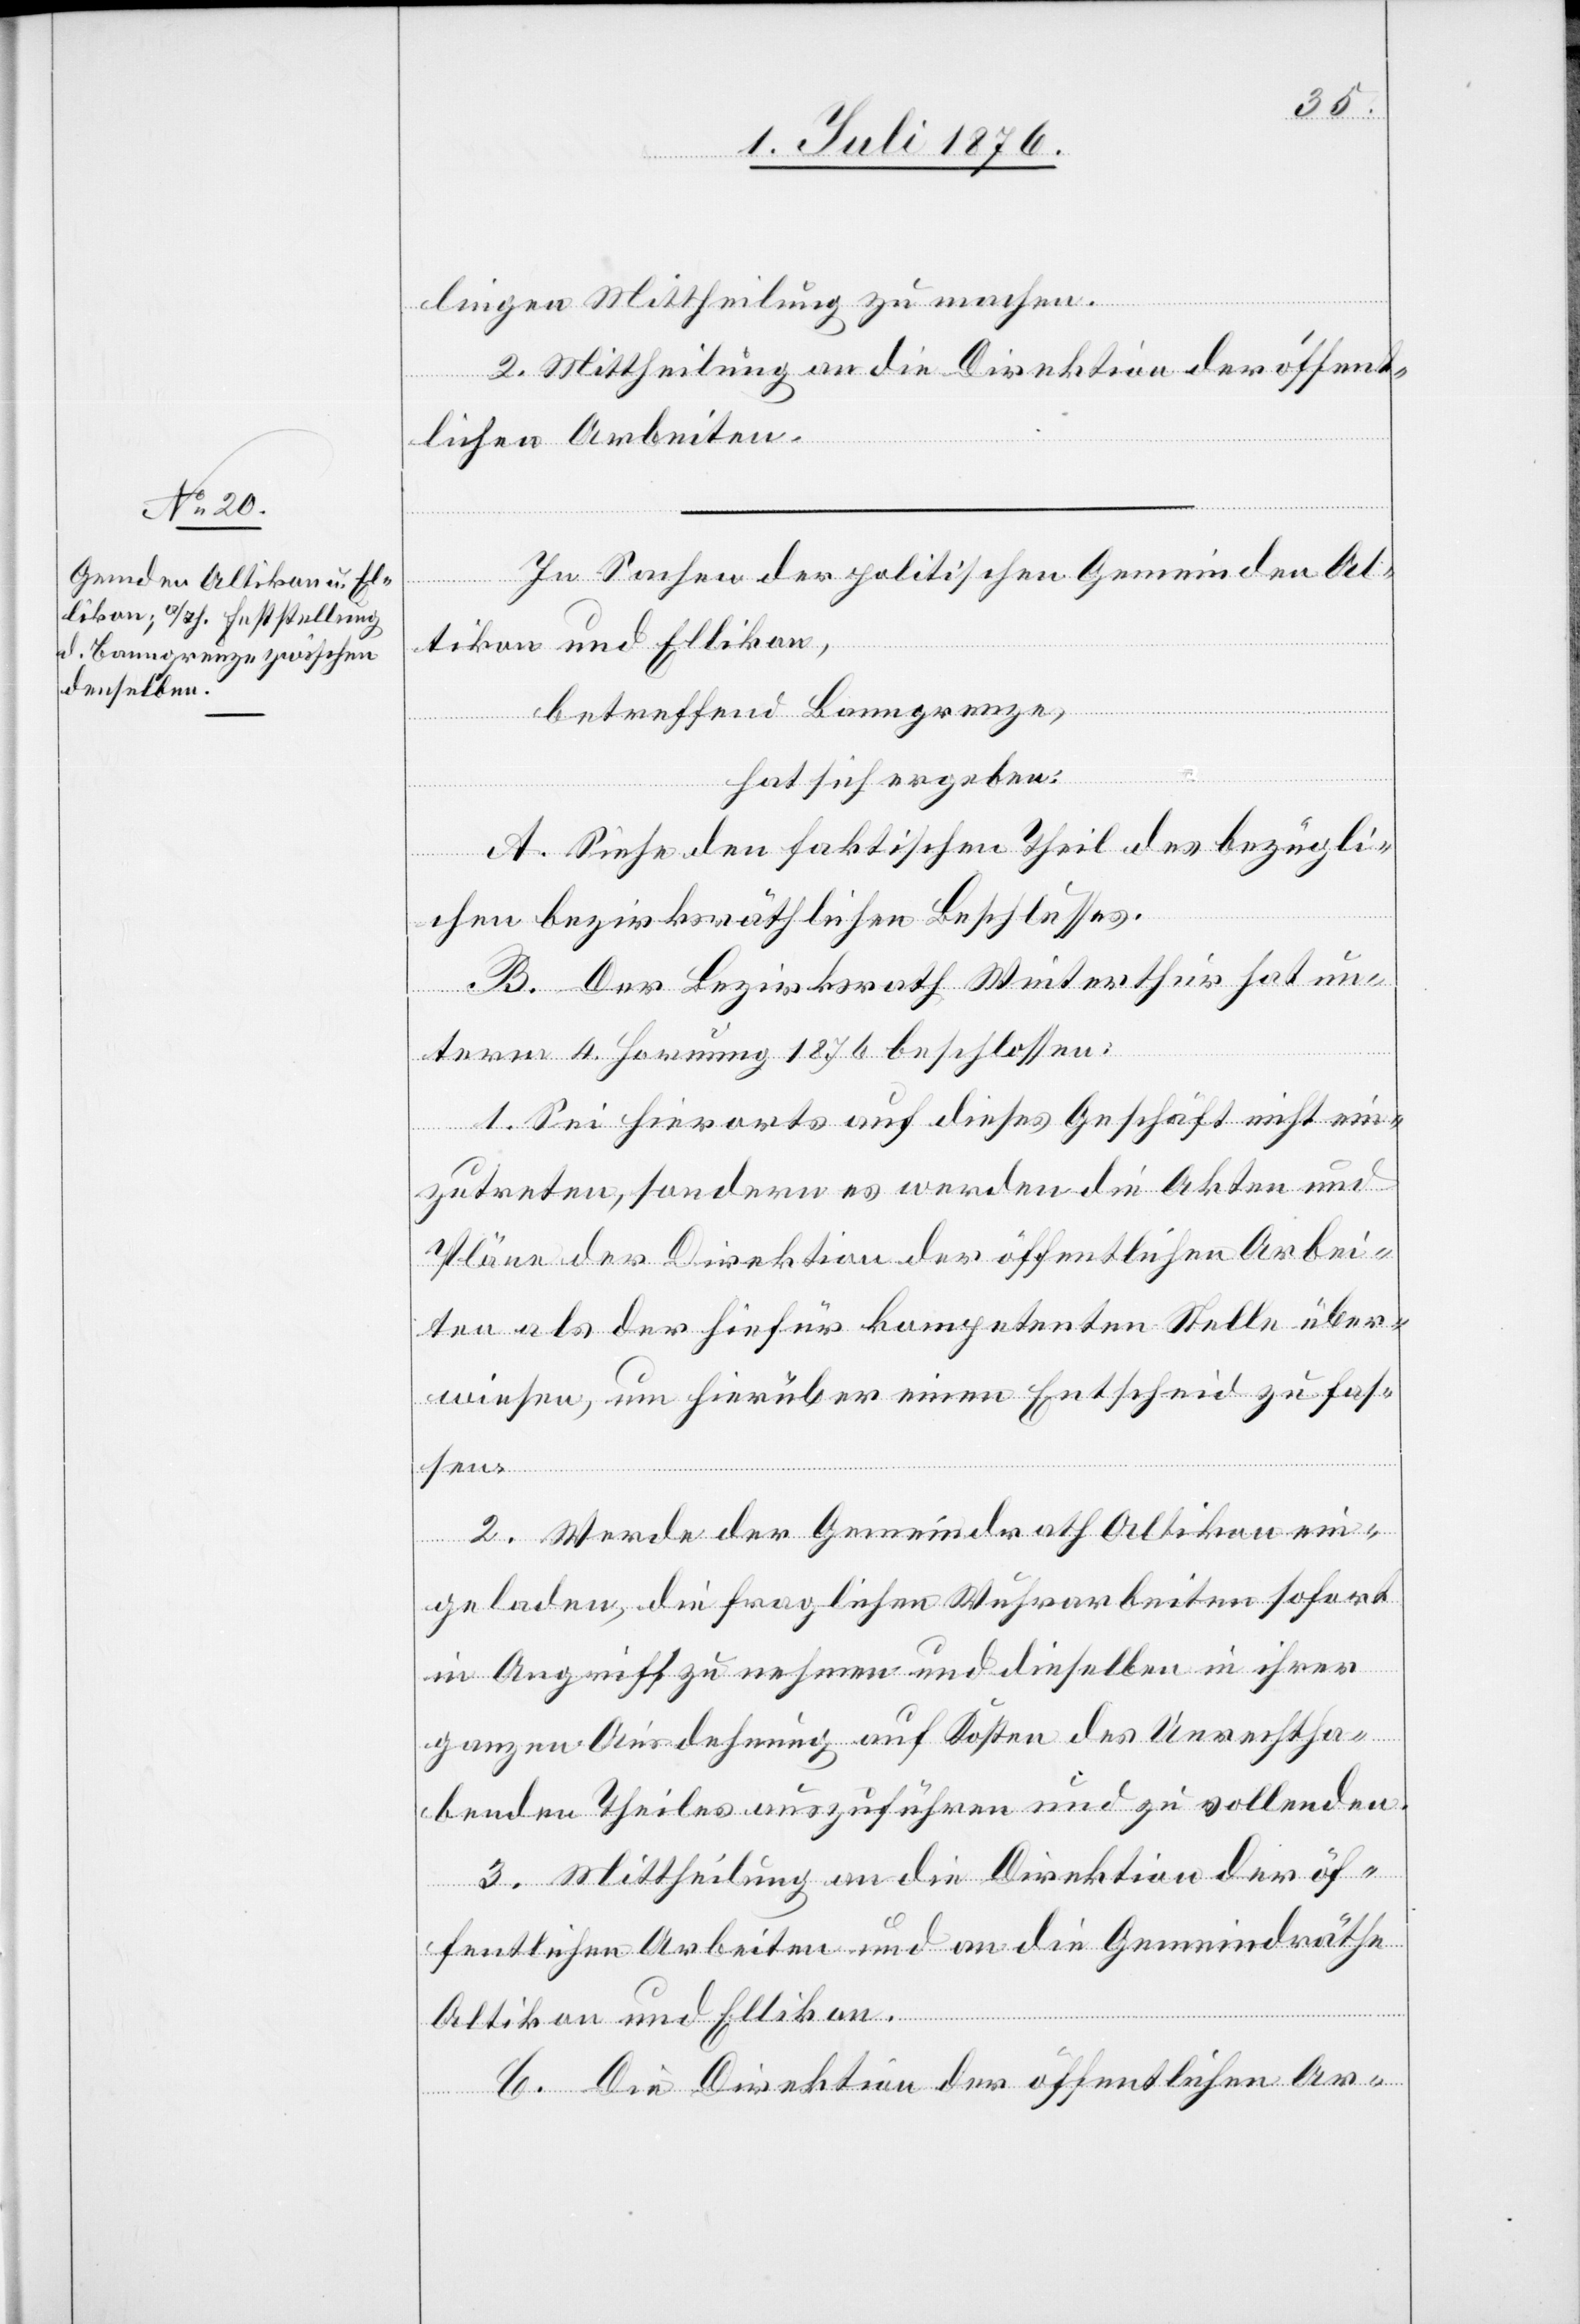
lingen Mittheilung zu machen.
2. Mittheilung an die Direktion der öffent¬
lichen Arbeiten.
In Sachen der politischen Gemeinden Al¬
tikon und Ellikon,
betreffend Banngrenze,
hat sich ergeben:
A. Siehe den faktischen Theil des bezügli¬
chen bezirksräthlichen Beschlusses.
B. Der Bezirksrath Winterthur hat un¬
term 4. Hornung 1876 beschlossen:
1. Sei hierorts auf dieses Geschäft nicht ein¬
zutreten, sondern es werden die Akten und
Pläne der Direktion der öffentlichen Arbei¬
ten als der hiefür kompetenten Stelle über¬
wiesen, um hierüber einen Entscheid zu fas¬
sen.
2. Werde der Gemeindrath Altikon ein¬
geladen, die fraglichen Wuhrarbeiten sofort
in Angriff zu nehmen und dieselben in ihrer
ganzen Ausdehnung auf Kosten des Unrechtha¬
benden Theiles auszuführen und zu vollenden.
3. Mittheilung an die Direktion der öf¬
fentlichen Arbeiten und an die Gemeindräthe
Altikon und Ellikon.
C. Die Direktion der öffentlichen Ar-